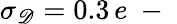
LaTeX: \sigma_{\mathscr D}=0.3\, e\mathrm{~-~}